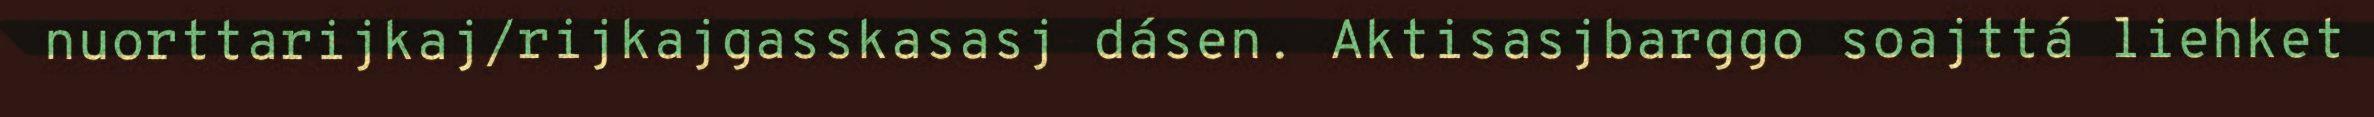
nuorttarijkaj/rijkajgasskasasj dásen. Aktisasjbarggo soajttá liehket